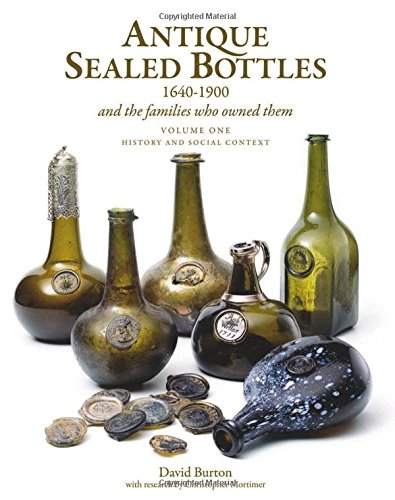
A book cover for Antique Sealed Bottles 1640-1900: And the Families that Owned Them; DAVID BURTON; Crafts, Hobbies & Home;